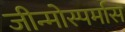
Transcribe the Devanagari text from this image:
जीन्मोस्पर्मास